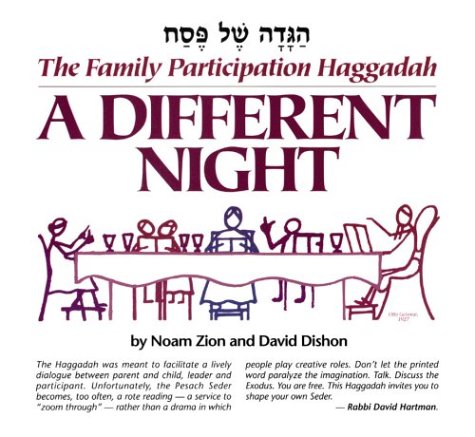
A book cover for A Different Night, The Family Participation Haggadah; David Dishon; Religion & Spirituality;